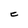
Character: C